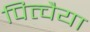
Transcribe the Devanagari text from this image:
पित्चैया